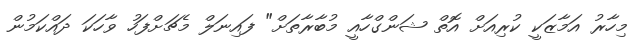
މިހާރު އަމާޒަކީ ކުރިއަށް އޮތް ޝަންގްހާއީ މުބާރާތަށް" ފައިނަލް މެޗަށްފަހު ވާހަކަ ދައްކަމުން